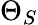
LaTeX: \Theta_{S}